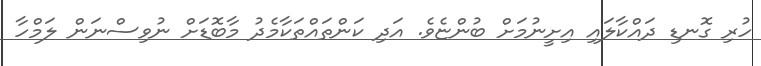
ހުރި ގޮނޑި ދައްކާލައި އިށީނުމަށް ބުންޏެވެ. އަދި ކަންތައްތަކާމެދު މާބޮޑަށް ނުވިސްނަން ލަމްހާ